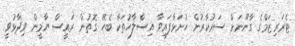
ޓެރަރިޒަމްގެ ގާނޫނަށް ސަރުކާރުން ހުށަަޅާފައިވާ އިސްލާހުތަކާ ބެހޭ ގޮތުން ރައީސް ޔާމީން ވިދާޅުވީ